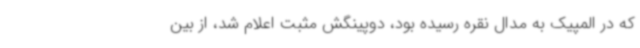
که در المپیک به مدال نقره رسیده بود، دوپینگش مثبت اعلام شد، از بین